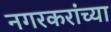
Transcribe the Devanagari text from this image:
नगरकरांच्या